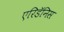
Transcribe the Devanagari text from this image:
एरिडॅनिस